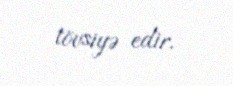
tövsiyə edir.